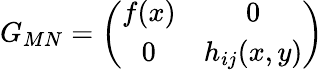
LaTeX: G_{MN}=\left(\begin{array}{cc}{{f(x)}}&{{0}}\\ {{0}}&{{h_{ij}(x,y)}}\end{array}\right)